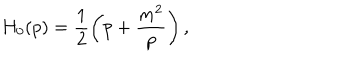
H _ { 0 } ( p ) = \frac 1 2 \left( p + \frac { m ^ { 2 } } { p } \right) ,